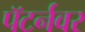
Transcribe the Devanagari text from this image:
पॅटर्नवर